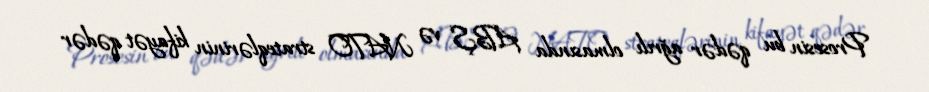
Prosesin bu qədər ağrılı olmasında ABŞ və NATO strateqlərinin kifayət qədər